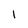
Character: I